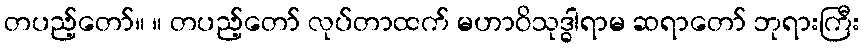
တပည့်တော်။ ။ တပည့်တော် လုပ်တာထက် မဟာဝိသုဒ္ဓါရာမ ဆရာတော် ဘုရားကြီး